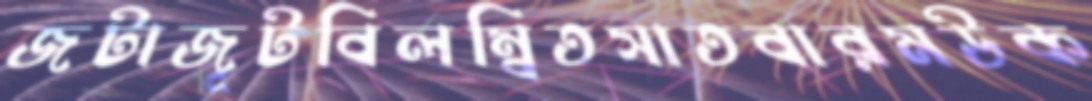
জটাজূটবিলম্বিতসাতবারমউক